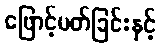
ဖြောင့်မတ်ခြင်းနှင့်